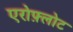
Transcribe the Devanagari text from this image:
एरोफ़्लोट